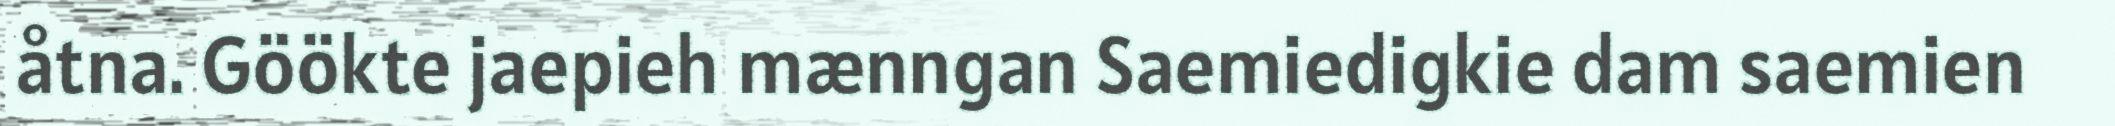
åtna. Göökte jaepieh mænngan Saemiedigkie dam saemien